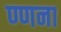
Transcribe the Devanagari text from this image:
ण्णना